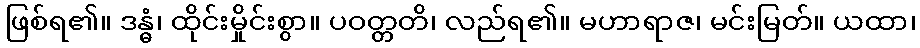
ဖြစ်ရ၏။ ဒန္ဓံ၊ ထိုင်းမှိုင်းစွာ။ ပဝတ္တတိ၊ လည်ရ၏။ မဟာရာဇ၊ မင်းမြတ်။ ယထာ၊